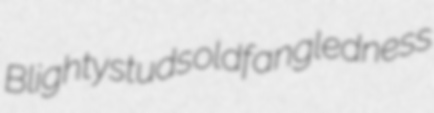
Blighty studs oldfangledness